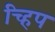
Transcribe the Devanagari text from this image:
च्हिप